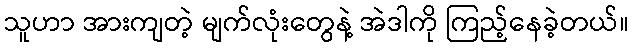
သူဟာ အားကျတဲ့ မျက်လုံးတွေနဲ့ အဲဒါကို ကြည့်နေခဲ့တယ်။